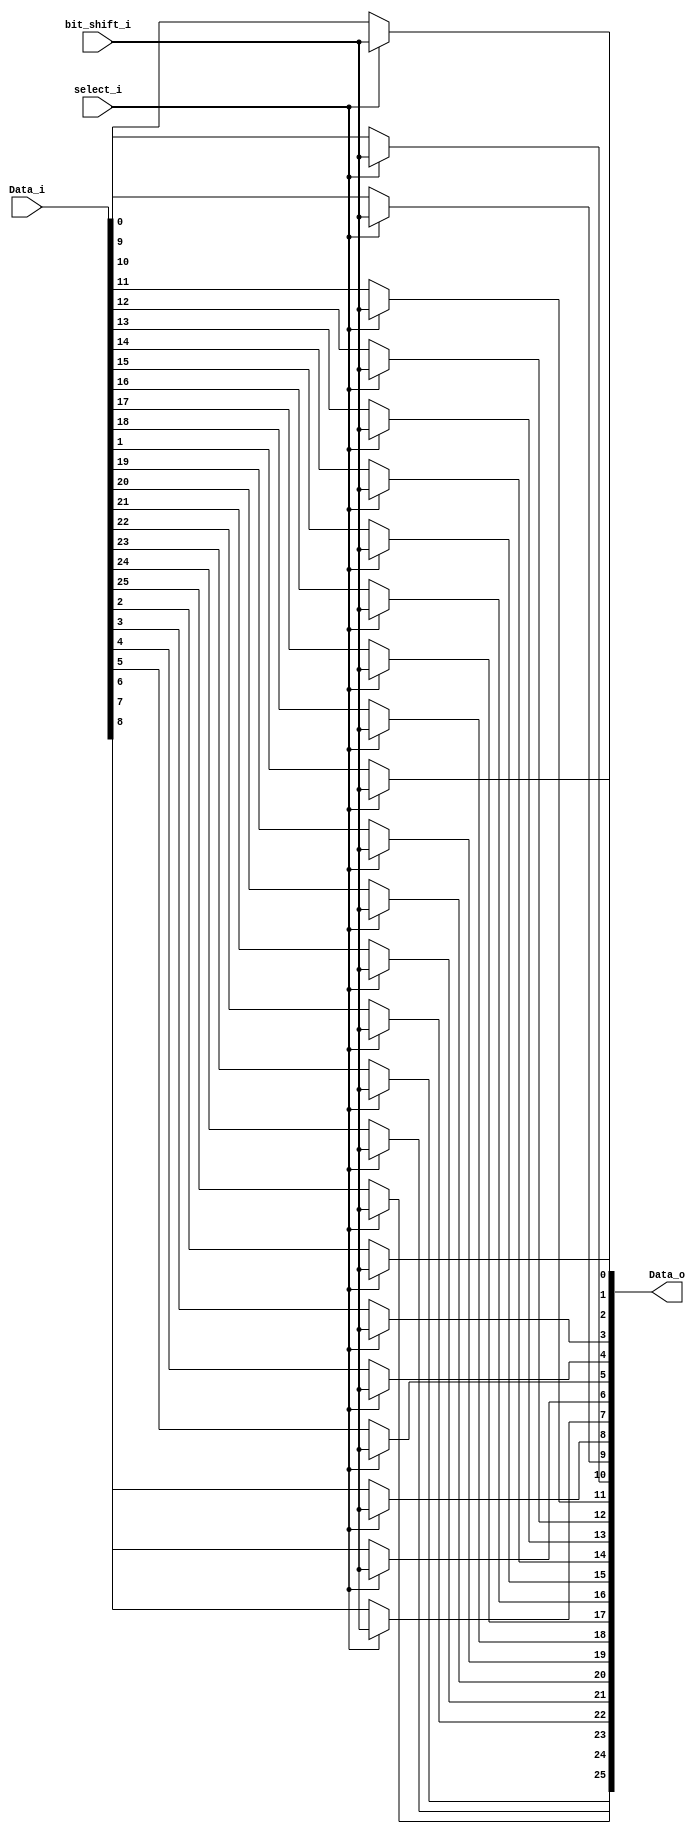
module shift_mux_array
	#(parameter SWR=26, parameter LEVEL=5)
    (
    input wire [SWR-1:0] Data_i,
    input wire select_i,
    input wire bit_shift_i,
    output wire [SWR-1:0] Data_o
    );

genvar j;
localparam integer lvl = 2**(LEVEL);
localparam integer x = (SWR - 1);
generate for (j=0; j<=SWR-1 ; j=j+1) begin : MUX_ODDNORM

	localparam integer sh=(2**LEVEL)+j; //value for second mux input. It changes in exponentation by 2 for each level

	case ((lvl+j)>(x))

		1'b1: begin :BSHITMUX
		//assign mux_out = (sel) ? din_1 : din_0;
			assign Data_o[j] = (select_i) ? bit_shift_i : Data_i[j];
			
			end
			
		1'b0: begin : FSHITMUX
		
			assign Data_o[j] = (select_i) ? Data_i[lvl+j] : Data_i[j];
			
			end
		endcase
	end
endgenerate

endmodule